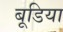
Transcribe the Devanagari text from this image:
बूडिया